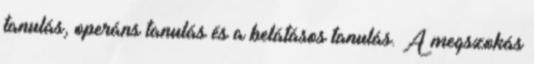
tanulás, operáns tanulás és a belátásos tanulás. A megszokás